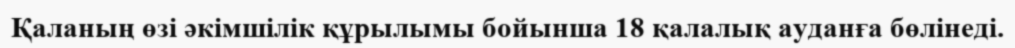
Қаланың өзі әкімшілік құрылымы бойынша 18 қалалық ауданға бөлінеді.